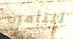
للتأمين